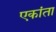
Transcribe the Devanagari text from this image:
एकांता